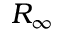
R _ { \infty }